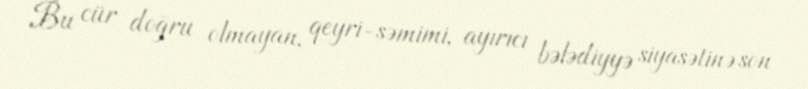
Bu cür doğru olmayan, qeyri-səmimi, ayırıcı bələdiyyə siyasətinə son